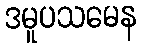
ဒမူပသမေန